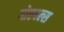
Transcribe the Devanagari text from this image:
गोएबल्स